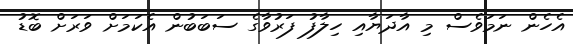
އެހެން ނަމަވެސް މި އާދަޔާއި ހިލާފު ފަރުވާގެ ސަބަބުން އެކަމަށް ވަރަށް ބޮޑު